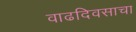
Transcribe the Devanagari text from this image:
वाढदिवसाचा